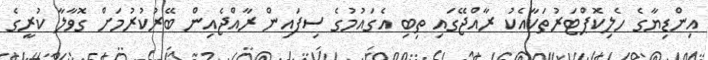
އިންޑިޔާގެ ހެލިކޮޕްޓަރުތަކާއެކު ރާއްޖޭގައި ތިބި އެގައުމުގެ ސިފައިން ރާއްޖެއިން ބޭރުކުރުމަށް ގޮވާލާ ކުރީގެ